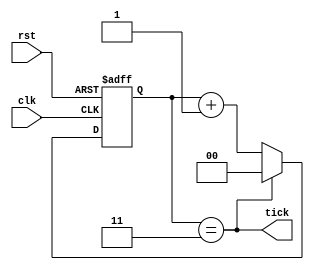
`timescale 1ns / 1ps
  //****************************************************************// 
  //  Created by       <Cristian Lopez> on <September 24, 2018>.    // 
  //  Copyright  2018 <Cristian lopez>. All rights reserved.       //
  //                                                                // 
  //  In submitting this file for class work at CSULB               // 
  //  I am confirming that this is my work and the work             // 
  //  of no one else. In submitting this code I acknowledge that    // 
  //  plagiarism in student project work is subject to dismissal.   // 
  //  from the class                                                //
  //****************************************************************//
module Ticker(clk, rst, tick);
input clk, rst;
output tick;
reg [1:0] count;

assign tick = (count == 2'd3);//25MHz signal

always @(posedge clk, posedge rst)
	if (rst) count <= 2'b0;
	else begin
		if (tick) count <= 2'b0;
		else count <= count + 2'b1;
	end
endmodule